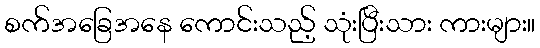
စက်အခြေအနေ ကောင်းသည့် သုံးပြီးသား ကားများ။